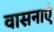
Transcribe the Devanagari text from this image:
वासनाएं